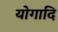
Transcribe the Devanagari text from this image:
योगादि